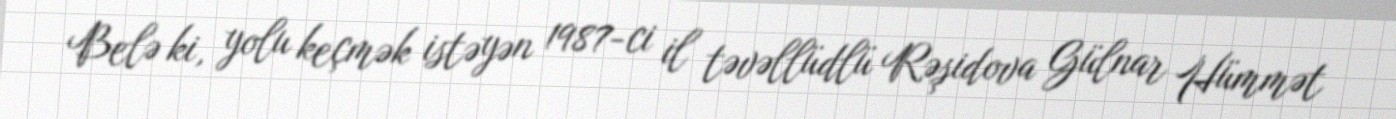
Belə ki, yolu keçmək istəyən 1987-ci il təvəllüdlü Rəşidova Gülnar Hümmət